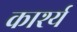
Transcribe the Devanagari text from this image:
कार्श्य